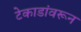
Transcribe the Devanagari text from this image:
टेकाडांवरून